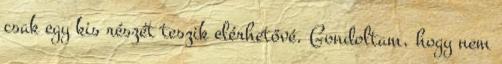
csak egy kis részét teszik elérhetővé. Gondoltam, hogy nem